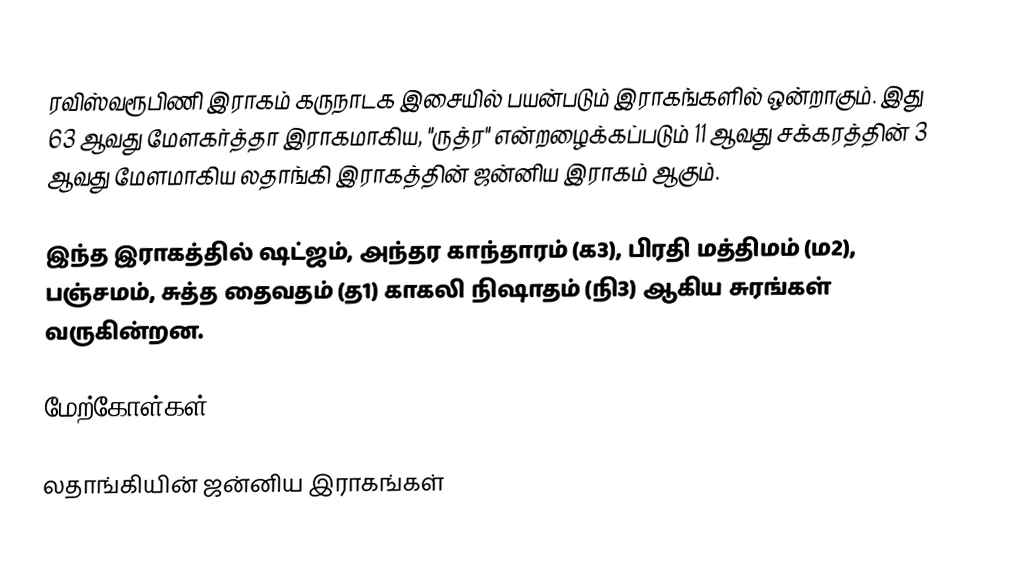
ரவிஸ்வரூபிணி இராகம் கருநாடக இசையில் பயன்படும் இராகங்களில் ஒன்றாகும். இது 63 ஆவது மேளகர்த்தா இராகமாகிய, "ருத்ர" என்றழைக்கப்படும் 11 ஆவது சக்கரத்தின் 3 ஆவது மேளமாகிய லதாங்கி இராகத்தின் ஜன்னிய இராகம் ஆகும்.

இந்த இராகத்தில் ஷட்ஜம், அந்தர காந்தாரம் (க3), பிரதி மத்திமம் (ம2), பஞ்சமம், சுத்த தைவதம் (த1) காகலி நிஷாதம் (நி3) ஆகிய சுரங்கள் வருகின்றன.

மேற்கோள்கள்

லதாங்கியின் ஜன்னிய இராகங்கள்